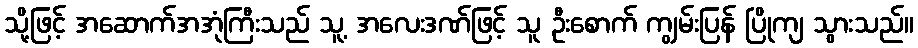
သို့ဖြင့် အဆောက်အအုံကြီးသည် သူ့ အလေးဒဏ်ဖြင့် သူ ဦးစောက် ကျွမ်းပြန် ပြိုကျ သွားသည်။